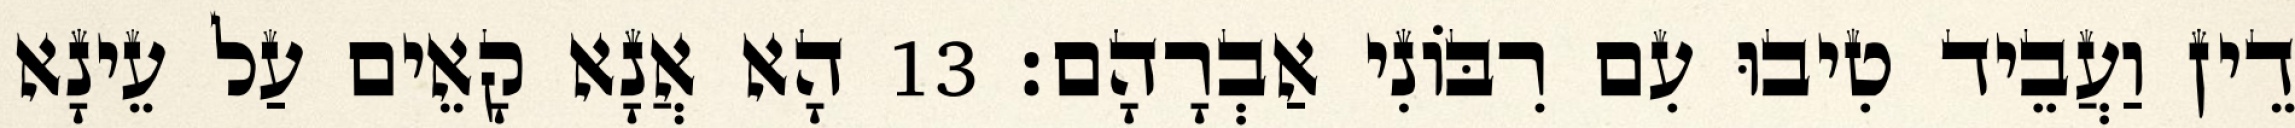
דֵין וַעֲבֵיד טִיבוּ עִם רִבּוֹנִי אַבְרָהָם׃ 13 הָא אֲנָא קָאֵים עַל עֵינָא